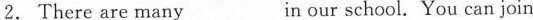
2.There are many___in our school. You can join